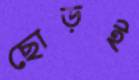
ছোড়ই